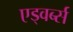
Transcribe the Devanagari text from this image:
एड्वर्ब्स